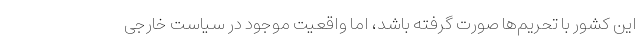
این کشور با تحریم‌ها صورت گرفته باشد، اما واقعیت موجود در سیاست خارجی